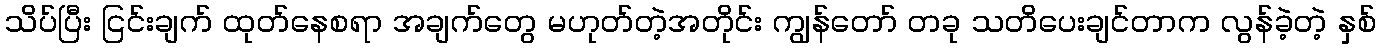
သိပ်ပြီး ငြင်းချက် ထုတ်နေစရာ အချက်တွေ မဟုတ်တဲ့အတိုင်း ကျွန်တော် တခု သတိပေးချင်တာက လွန်ခဲ့တဲ့ နှစ်